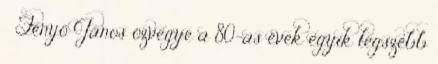
» Fenyő János özvegye a 80-as évek egyik legszebb